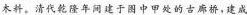
木料。清代乾隆年间建于图中甲处的古廊桥，建成